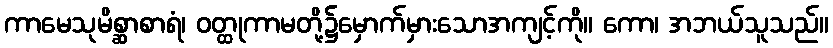
ကာမေသုမိစ္ဆာစာရံ၊ ဝတ္ထုကာမတို့၌မှောက်မှားသောအကျင့်ကို။ ကော၊ အဘယ်သူသည်။